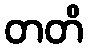
တတိ